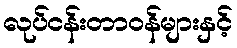
လုပ်ငန်းတာဝန်များနှင့်